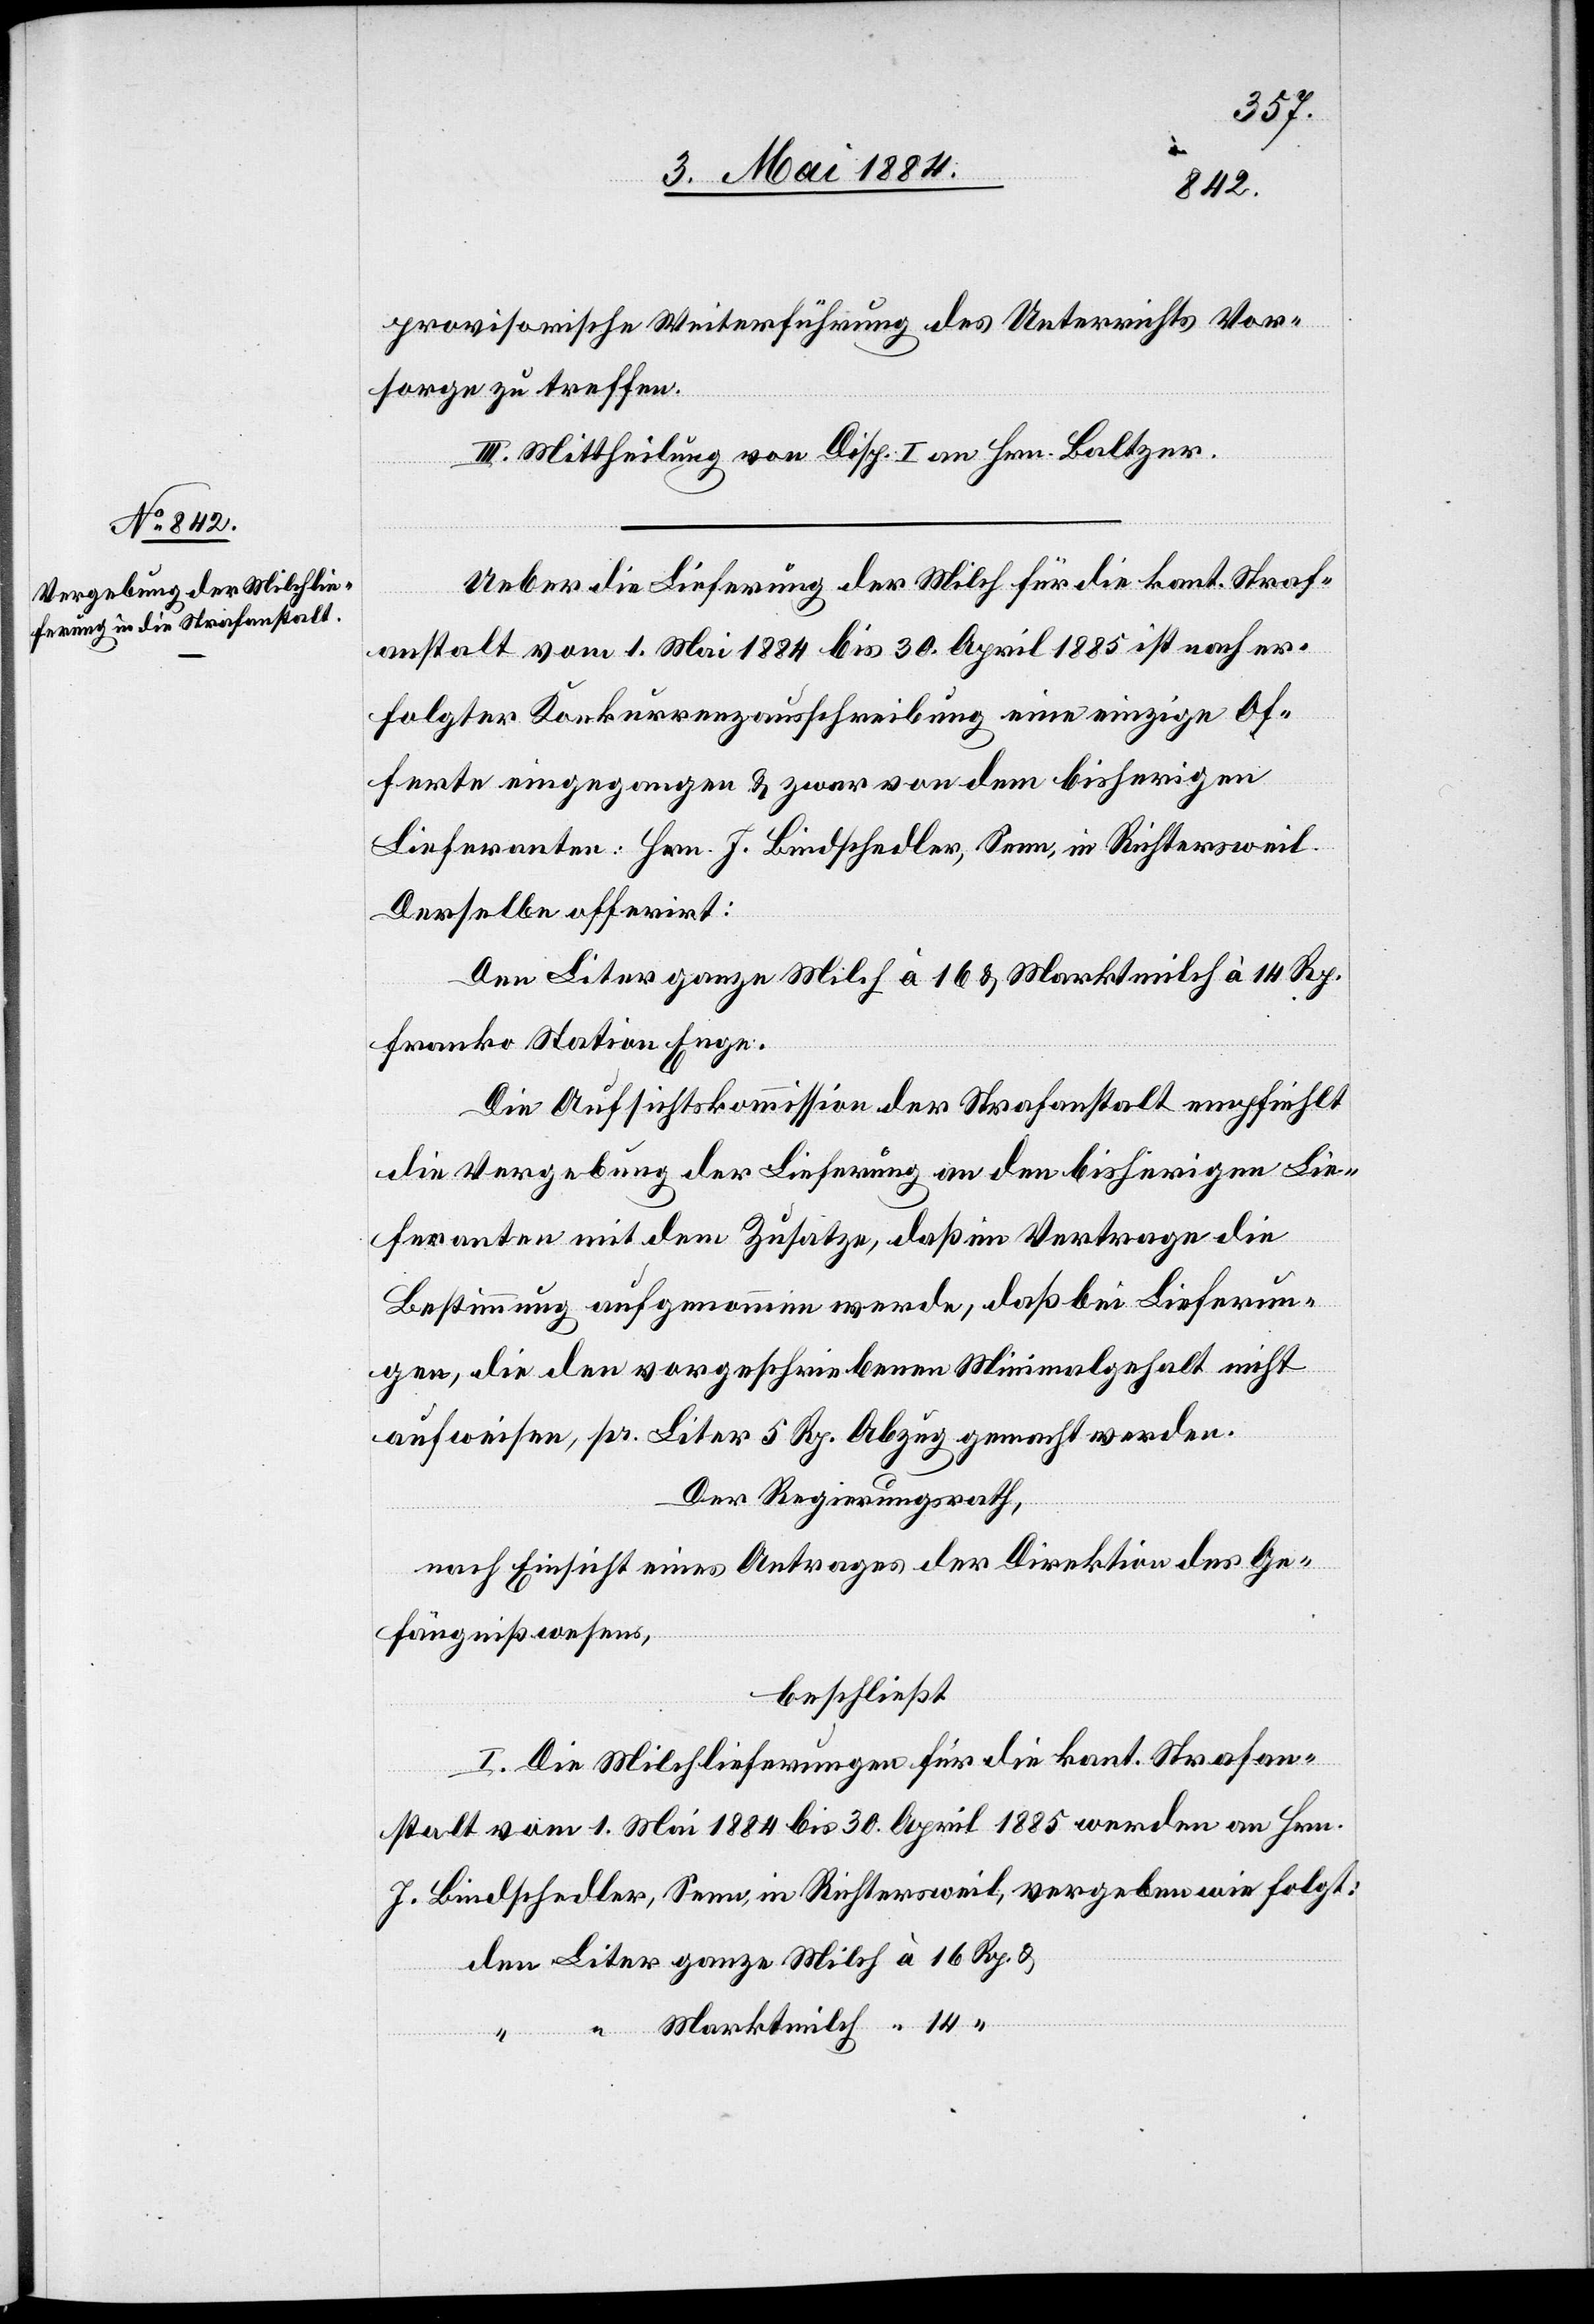
ze
Rp.
provisorische Weiterführung des Unterrichts Vor¬
sorge zu treffen.
III. Mittheilung von Disp. I an Hrn. Baltzer.
Ueber die Lieferung der Milch für die kant. Straf¬
anstalt vom 1. Mai 1884 bis 30. April 1885 ist nach er¬
folgter Konkurrenzausschreibung eine einzige Of¬
ferte eingegangen & zwar von dem bisherigen
Lieferanten: Hrn. J. Bindschedler, Senn, in Richtersweil.
Derselbe offerirt:
Den Liter ganze Milch à 16 & Marktmilch à 14 Rp.
franko Station Enge.
gan¬
Die Aufsichtskommission der Strafanstalt empfiehlt
die Vergebung der Lieferung an den bisherigen Lie¬
feranten mit dem Zusatze, daß im Vertrage die
Bestimmung aufgenommen werde, daß bei Lieferun¬
gen, die den vorgeschriebenen Minimalgehalt nicht
aufweisen, pr. Liter 5 Rp. Abzug gemacht werden.
Der Regierungsrath,
nach Einsicht eines Antrages der Direktion des Ge¬
fängnißwesens,
beschließt:
I. Die Milchlieferungen für die kant. Strafan¬
stalt vom 1. Mai 1884 bis 30. April 1885 werden an Hrn.
J. Bindschedler, Senn in Richtersweil, vergeben wie folgt: